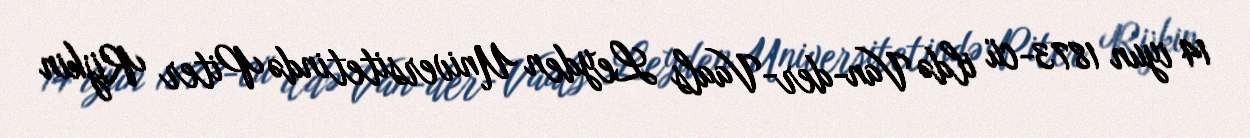
14 iyun 1873-cü ildə Van-der-Vaals Leyden Universitetində Piter Rijkin